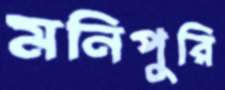
মনিপুরি